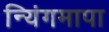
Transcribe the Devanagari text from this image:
न्यिंगमापा